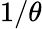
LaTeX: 1/\theta